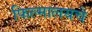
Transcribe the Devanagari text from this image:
फिल्मालयचे